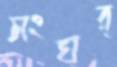
সংঘর্